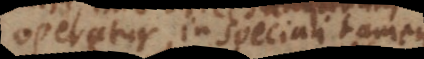
operetur, in speciali tamen